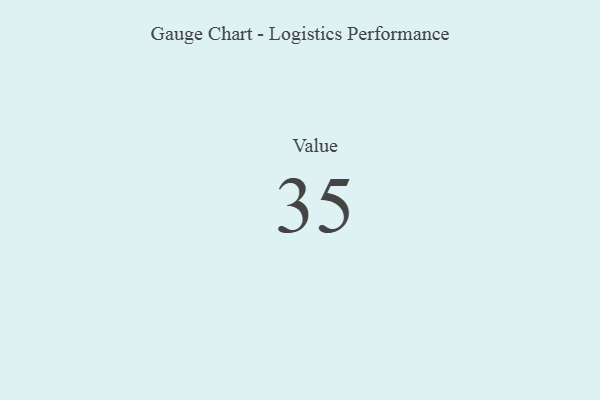
{"axis": {"x": "Metric", "y": "Value"}, "legend": [""], "data": [{"x": "Value", "y": 35, "type": ""}]}